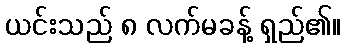
ယင်းသည် ၈ လက်မခန့် ရှည်၏။